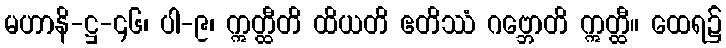
မဟာနိ-ဋ္ဌ-၄၆၊ ပါ-၉၊ ဣတ္ထီတိ ထိယတိ ဧတိဿံ ဂဗ္ဘောတိ ဣတ္ထီ။ ထေရ၌